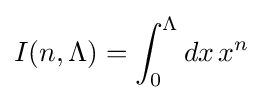
I(n,\Lambda )=\int _{0}^{\Lambda }dx\,x^{n}